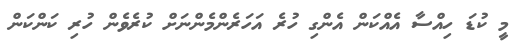
މީ ކުޑަ ހިއްސާ އެއްކަން އެންގި ހުރެ އަހަރެންމެންނަށް ކުރެވެން ހުރި ކަންކަން